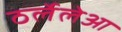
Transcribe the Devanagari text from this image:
ठर्लेलेआ